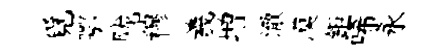
覓鄂陇穆羲増澈漠鉅唏永